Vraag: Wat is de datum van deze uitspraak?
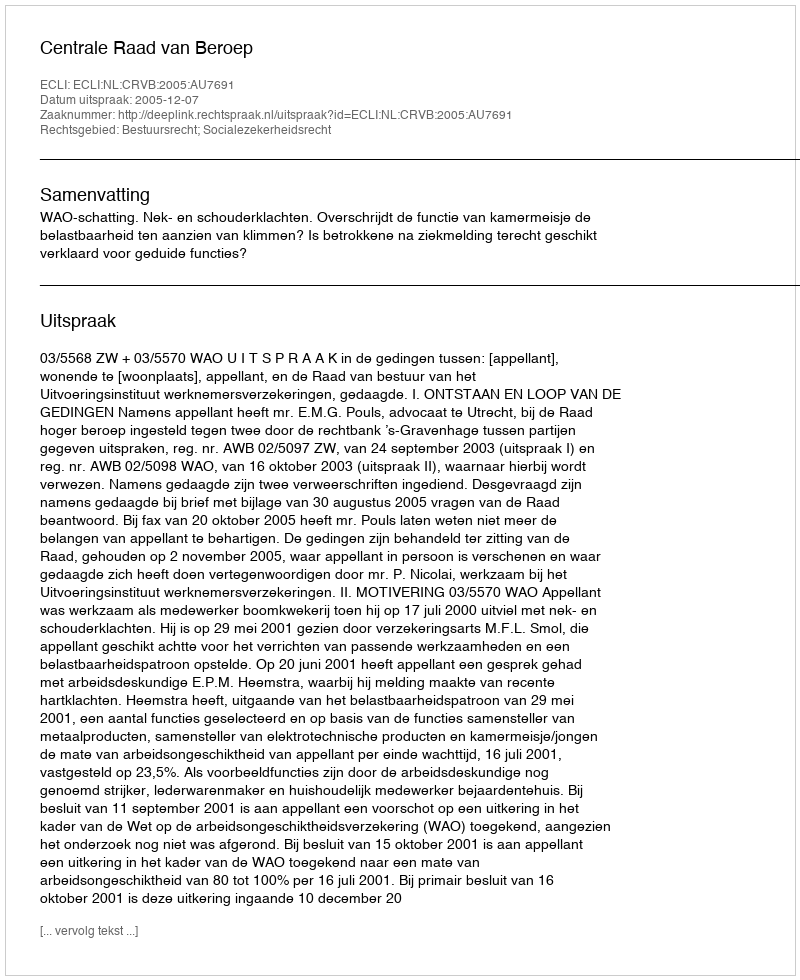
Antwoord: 2005-12-07